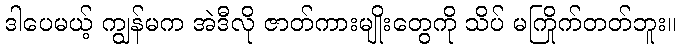
ဒါပေမယ့် ကျွန်မက အဲဒီလို ဇာတ်ကားမျိုးတွေကို သိပ် မကြိုက်တတ်ဘူး။